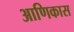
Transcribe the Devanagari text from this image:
आणिकास